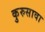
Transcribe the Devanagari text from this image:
कुरुसावा